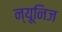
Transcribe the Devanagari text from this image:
न्यूनिज